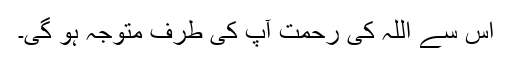
اس سے اللہ کی رحمت آپ کی طرف متوجہ ہو گی۔